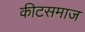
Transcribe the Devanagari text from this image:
कीटसमाज